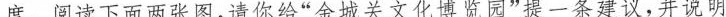
度。阅读下面两张图，请你给”金城关文化博览园”提一条建议，并说明